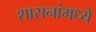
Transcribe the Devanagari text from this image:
शासनांमध्ये